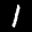
Label: 1